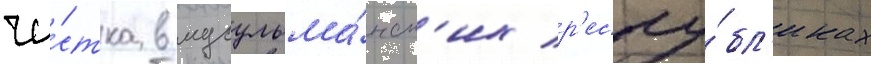
чи́стка в мусульма́нск'их р'еспу́бл'иках